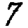
Digit: 7